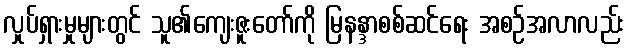
လှုပ်ရှားမှုများတွင် သူ၏ကျေးဇူးတော်ကို မြနန္ဒာစစ်ဆင်ရေး အစဉ်အလာလည်း